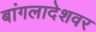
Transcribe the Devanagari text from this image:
बांगलादेशवर